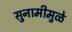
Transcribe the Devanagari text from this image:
सुनामीमुळे